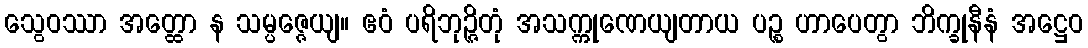
သွေဝဿာ အတ္ထော န သမ္ပဇ္ဇေယျ။ ဧဝံ ပရိဘုဉ္ဇိတုံ အသက္ကုဏေယျတာယ ပဉ္စ ဟာပေတွာ ဘိက္ခုနီနံ အဋ္ဌေဝ